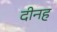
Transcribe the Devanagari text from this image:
दीनह